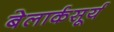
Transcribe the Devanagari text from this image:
बेलार्कसूर्य